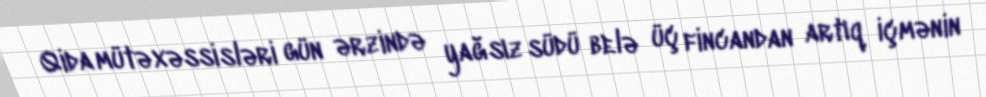
Qida mütəxəssisləri gün ərzində yağsız südü belə üç fincandan artıq içmənin